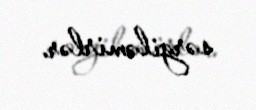
sərgiləmirlər.